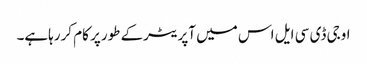
اوجی ڈی سی ایل اس میں آپریٹرکے طورپر کام کررہاہے۔